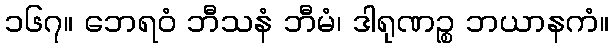
၁၆၇။ ဘေရဝံ ဘီသနံ ဘီမံ၊ ဒါရုဏဉ္စ ဘယာနကံ။